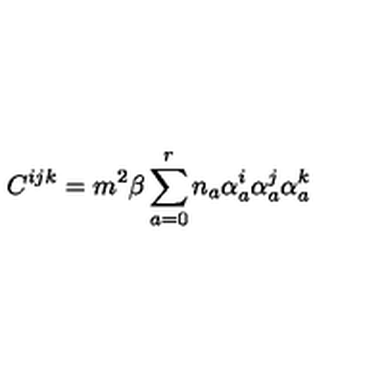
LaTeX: C ^ { i j k } = m ^ { 2 } \beta \sum _ { a = 0 } ^ { r } n _ { a } \alpha _ { a } ^ { i } \alpha _ { a } ^ { j } \alpha _ { a } ^ { k }